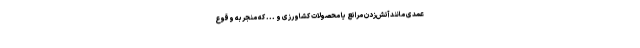
عمدی مانند آتش‌زدن مراتع یا محصولات کشاورزی و ... که منجربه وقوع